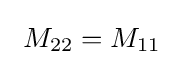
\ M_{22}=M_{11}~~